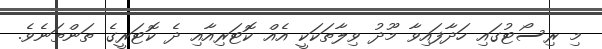
މި ރިސޯޓުގައި ހަދާފައިވާ މޫދު ވިލާތަކަކީ އެއް ކޮޓަރިއާއި ދެ ކޮޓަރީގެ ތަންތަނެވެ.